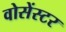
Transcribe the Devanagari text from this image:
वोसेंस्टर